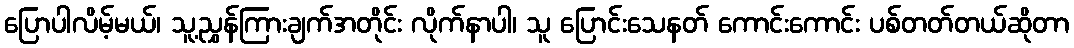
ပြောပါလိမ့်မယ်၊ သူ့ညွှန်ကြားချက်အတိုင်း လိုက်နာပါ၊ သူ ပြောင်းသေနတ် ကောင်းကောင်း ပစ်တတ်တယ်ဆိုတာ